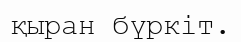
қыран бүркіт.